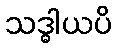
သဒ္ဓါယပိ